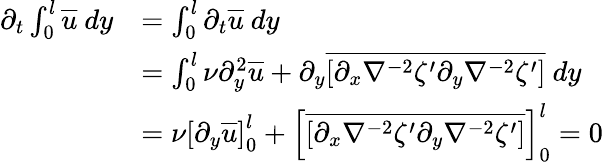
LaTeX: \begin{array}{rl}{\partial_{t}\int_{0}^{l}\overline{{u}}\ dy}&{=\int_{0}^{l}\partial_{t}\overline{{u}}\ dy}\\ &{=\int_{0}^{l}\nu\partial_{y}^{2}\overline{{u}}+\partial_{y}\overline{{[\partial_{x}\nabla^{-2}\zeta^{\prime}\partial_{y}\nabla^{-2}\zeta^{\prime}]}}\ dy}\\ &{=\nu\left[\partial_{y}\overline{{u}}\right]_{0}^{l}+\left[\overline{{[\partial_{x}\nabla^{-2}\zeta^{\prime}\partial_{y}\nabla^{-2}\zeta^{\prime}]}}\right]_{0}^{l}=0}\end{array}